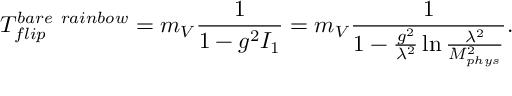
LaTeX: T _ { f l i p } ^ { b a r e \ r a i n b o w } = m _ { V } \frac { 1 } { 1 - g ^ { 2 } I _ { 1 } } = m _ { V } \frac { 1 } { 1 - \frac { g ^ { 2 } } { \lambda ^ { 2 } } \ln \frac { \lambda ^ { 2 } } { M _ { p h y s } ^ { 2 } } } .